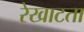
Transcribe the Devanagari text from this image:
रेखाटता